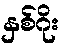
နှစ်ဂိုး